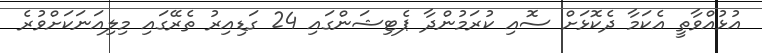
އުޅުއްވާތީ އެކަމާ ދެކޮޅަށް ސޮއި ކުރަމުންދާ ޕެޓިޝަންގައި 24 ގަޑިއިރު ތެރޭގައި މިލިއަނަކަށްވުރެ